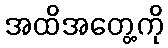
အထိအတွေ့ကို